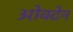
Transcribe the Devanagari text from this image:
ओक्टेन